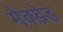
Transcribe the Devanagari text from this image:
मैक्डेड